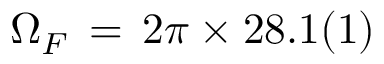
\Omega _ { F } \, = \, 2 \pi \times 2 8 . 1 ( 1 )